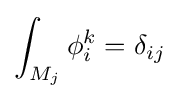
\int _{M_{j}}\phi _{i}^{k}=\delta _{ij}